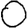
Digit: 0